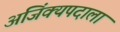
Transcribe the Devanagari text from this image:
अजिंक्यपदाला